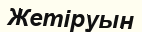
Жетіруын